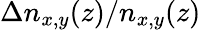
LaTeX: \Delta n_{x,y}(z)/n_{x,y}(z)